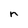
Character: n